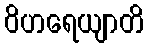
ဝိဟရေယျာတိ